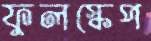
ফুলস্কেপ